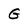
Character: G